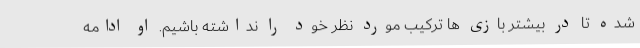
شده تا در بیشتر بازی ها ترکیب مورد نظر خود را نداشته باشیم. او ادامه